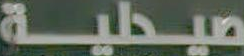
صيدلية